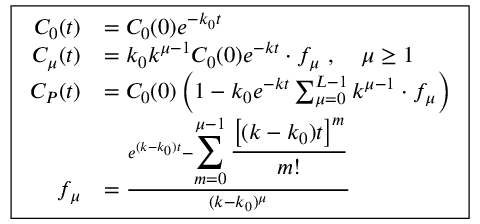
\boxed { \begin{array} { r l } { C _ { 0 } ( t ) } & { = C _ { 0 } ( 0 ) e ^ { - k _ { 0 } t } } \\ { C _ { \mu } ( t ) } & { = k _ { 0 } k ^ { \mu - 1 } C _ { 0 } ( 0 ) e ^ { - k t } \cdot f _ { \mu } \ , \quad \mu \geq 1 } \\ { C _ { P } ( t ) } & { = C _ { 0 } ( 0 ) \left( 1 - k _ { 0 } e ^ { - k t } \sum _ { \mu = 0 } ^ { L - 1 } k ^ { \mu - 1 } \cdot f _ { \mu } \right) } \\ { f _ { \mu } } & { = \frac { e ^ { ( k - k _ { 0 } ) t } - { \displaystyle \sum _ { m = 0 } ^ { \mu - 1 } \frac { \left[ ( k - k _ { 0 } ) t \right] ^ { m } } { m ! } } } { ( k - k _ { 0 } ) ^ { \mu } } } \end{array} }